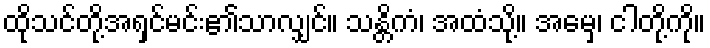
ထိုသင်တို့အရှင်မင်း၏သာလျှင်။ သန္တိကံ၊ အထံသို့။ အမှေ၊ ငါတို့ကို။